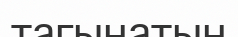
тагынатын